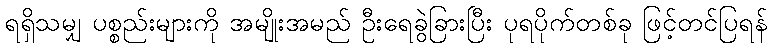
ရရှိသမျှ ပစ္စည်းများကို အမျိုးအမည် ဦးရေခွဲခြားပြီး ပုရပိုက်တစ်ခု ဖြင့်တင်ပြရန်